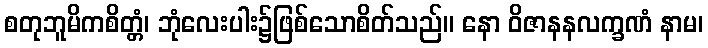
စတုဘူမိကစိတ္တံ၊ ဘုံလေးပါး၌ဖြစ်သောစိတ်သည်။ နော ဝိဇာနနလက္ခဏံ နာမ၊